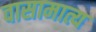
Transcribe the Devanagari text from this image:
वासामात्य